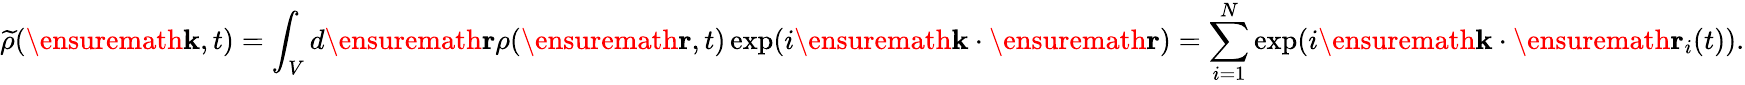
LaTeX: \widetilde{\rho}(\ensuremath{\textbf{k}},t)=\int_{V}d\ensuremath{\textbf{r}}\rho(\ensuremath{\textbf{r}},t)\exp(i\ensuremath{\textbf{k}}\cdot\ensuremath{\textbf{r}})=\sum_{i=1}^{N}\exp(i\ensuremath{\textbf{k}}\cdot\ensuremath{\textbf{r}}_{i}(t)).